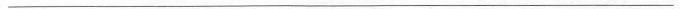
___